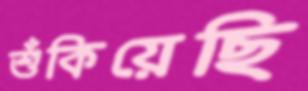
শুঁকিয়েছি